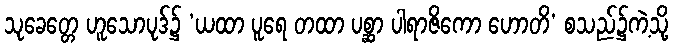
သုခေတ္တေ ဟူသောပုဒ်၌ ‘ယထာ ပူရေ တထာ ပစ္ဆာ ပါရာဇိကော ဟောတိ’ စသည်၌ကဲ့သို့